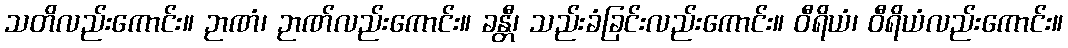
သတိလည်းကောင်း။ ဉာဏံ၊ ဉာဏ်လည်းကောင်း။ ခန္တီ၊ သည်းခံခြင်းလည်းကောင်း။ ဝီရိယံ၊ ဝီရိယံလည်းကောင်း။